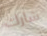
شارك